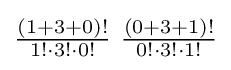
\textstyle {(1+3+0)! \over 1!\cdot 3!\cdot 0!}\ {(0+3+1)! \over 0!\cdot 3!\cdot 1!}